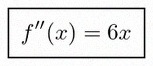
f''(x)=6x